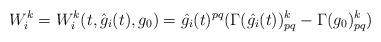
LaTeX: \begin{align*}W^k_i = W^k_i(t, \hat{g}_i(t), g_0) =\hat{g_i}(t)^{pq} ( \Gamma(\hat{g_i}(t))_{pq}^k - \Gamma(g_0)_{pq}^k ) \end{align*}